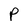
Character: P